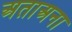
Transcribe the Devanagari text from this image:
अताअना